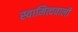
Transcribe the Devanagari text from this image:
स्वामित्ववाली